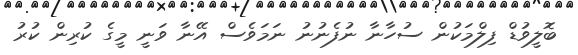
ބޮލީވުޑް ފިލްމަކުން ސުހާނާ ނުފެނުނު ނަމަވެސް އޭނާ ވަނީ މީގެ ކުރިން ކުރު